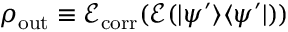
\rho _ { \operatorname { o u t } } \equiv { \mathcal { E } } _ { \operatorname { c o r r } } ( { \mathcal { E } } ( \vert \psi ^ { \prime } \rangle \langle \psi ^ { \prime } \vert ) )